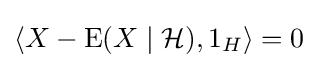
\langle X-\operatorname {E} (X\mid {\mathcal {H}}),1_{H}\rangle =0